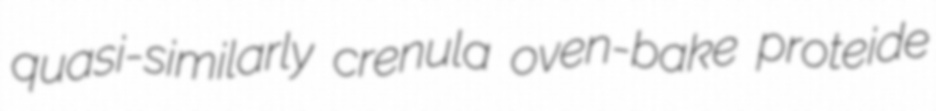
quasi-similarly crenula oven-bake proteide